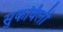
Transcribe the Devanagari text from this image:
सुकविली